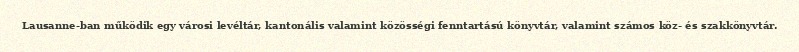
Lausanne-ban működik egy városi levéltár, kantonális valamint közösségi fenntartású könyvtár, valamint számos köz- és szakkönyvtár.